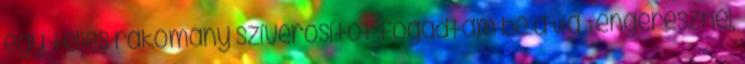
egy teljes rakomány szíverősítőt fogadtam be a Víg Tengerésznél,